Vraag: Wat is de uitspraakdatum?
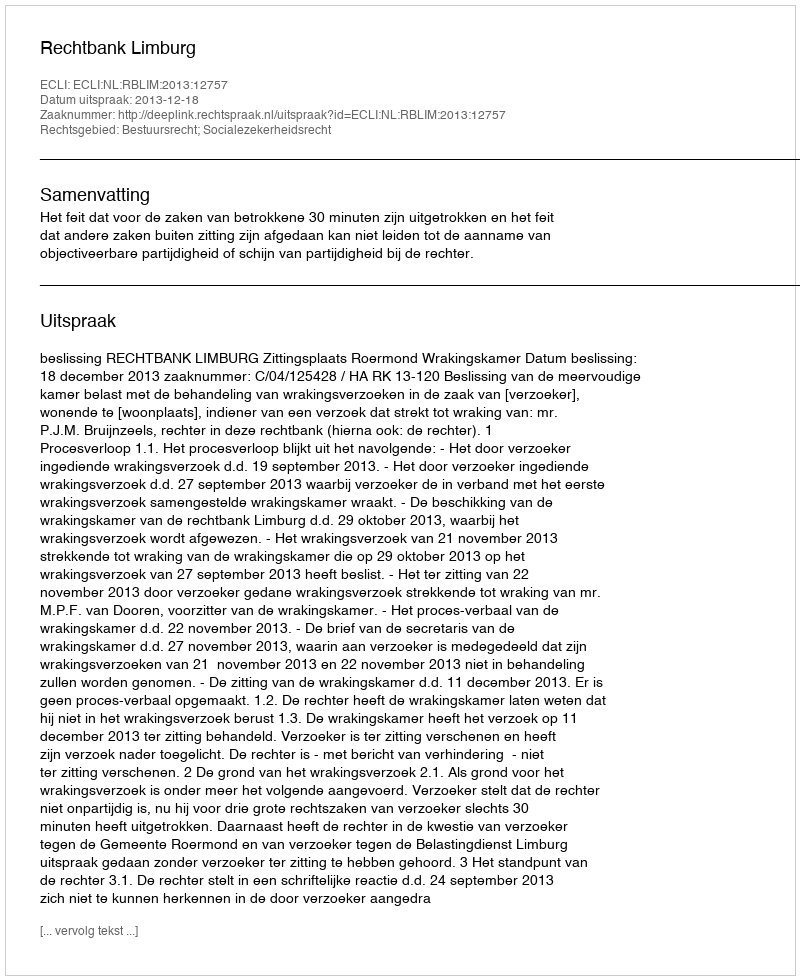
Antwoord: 2013-12-18